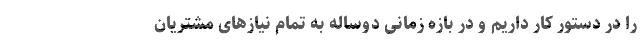
را در دستور کار داریم و در بازه زمانی دوساله به تمام نیازهای مشتریان